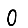
Digit: 0